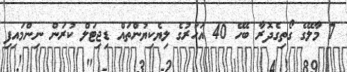
7 މާލޭގެ ގޯތިގެދޮރާ ބެހޭ 40 އަހަރުގެ ލިޔެކިޔުންތައް ޑިޖިޓަލް ކުރަން ނިންމައިފި